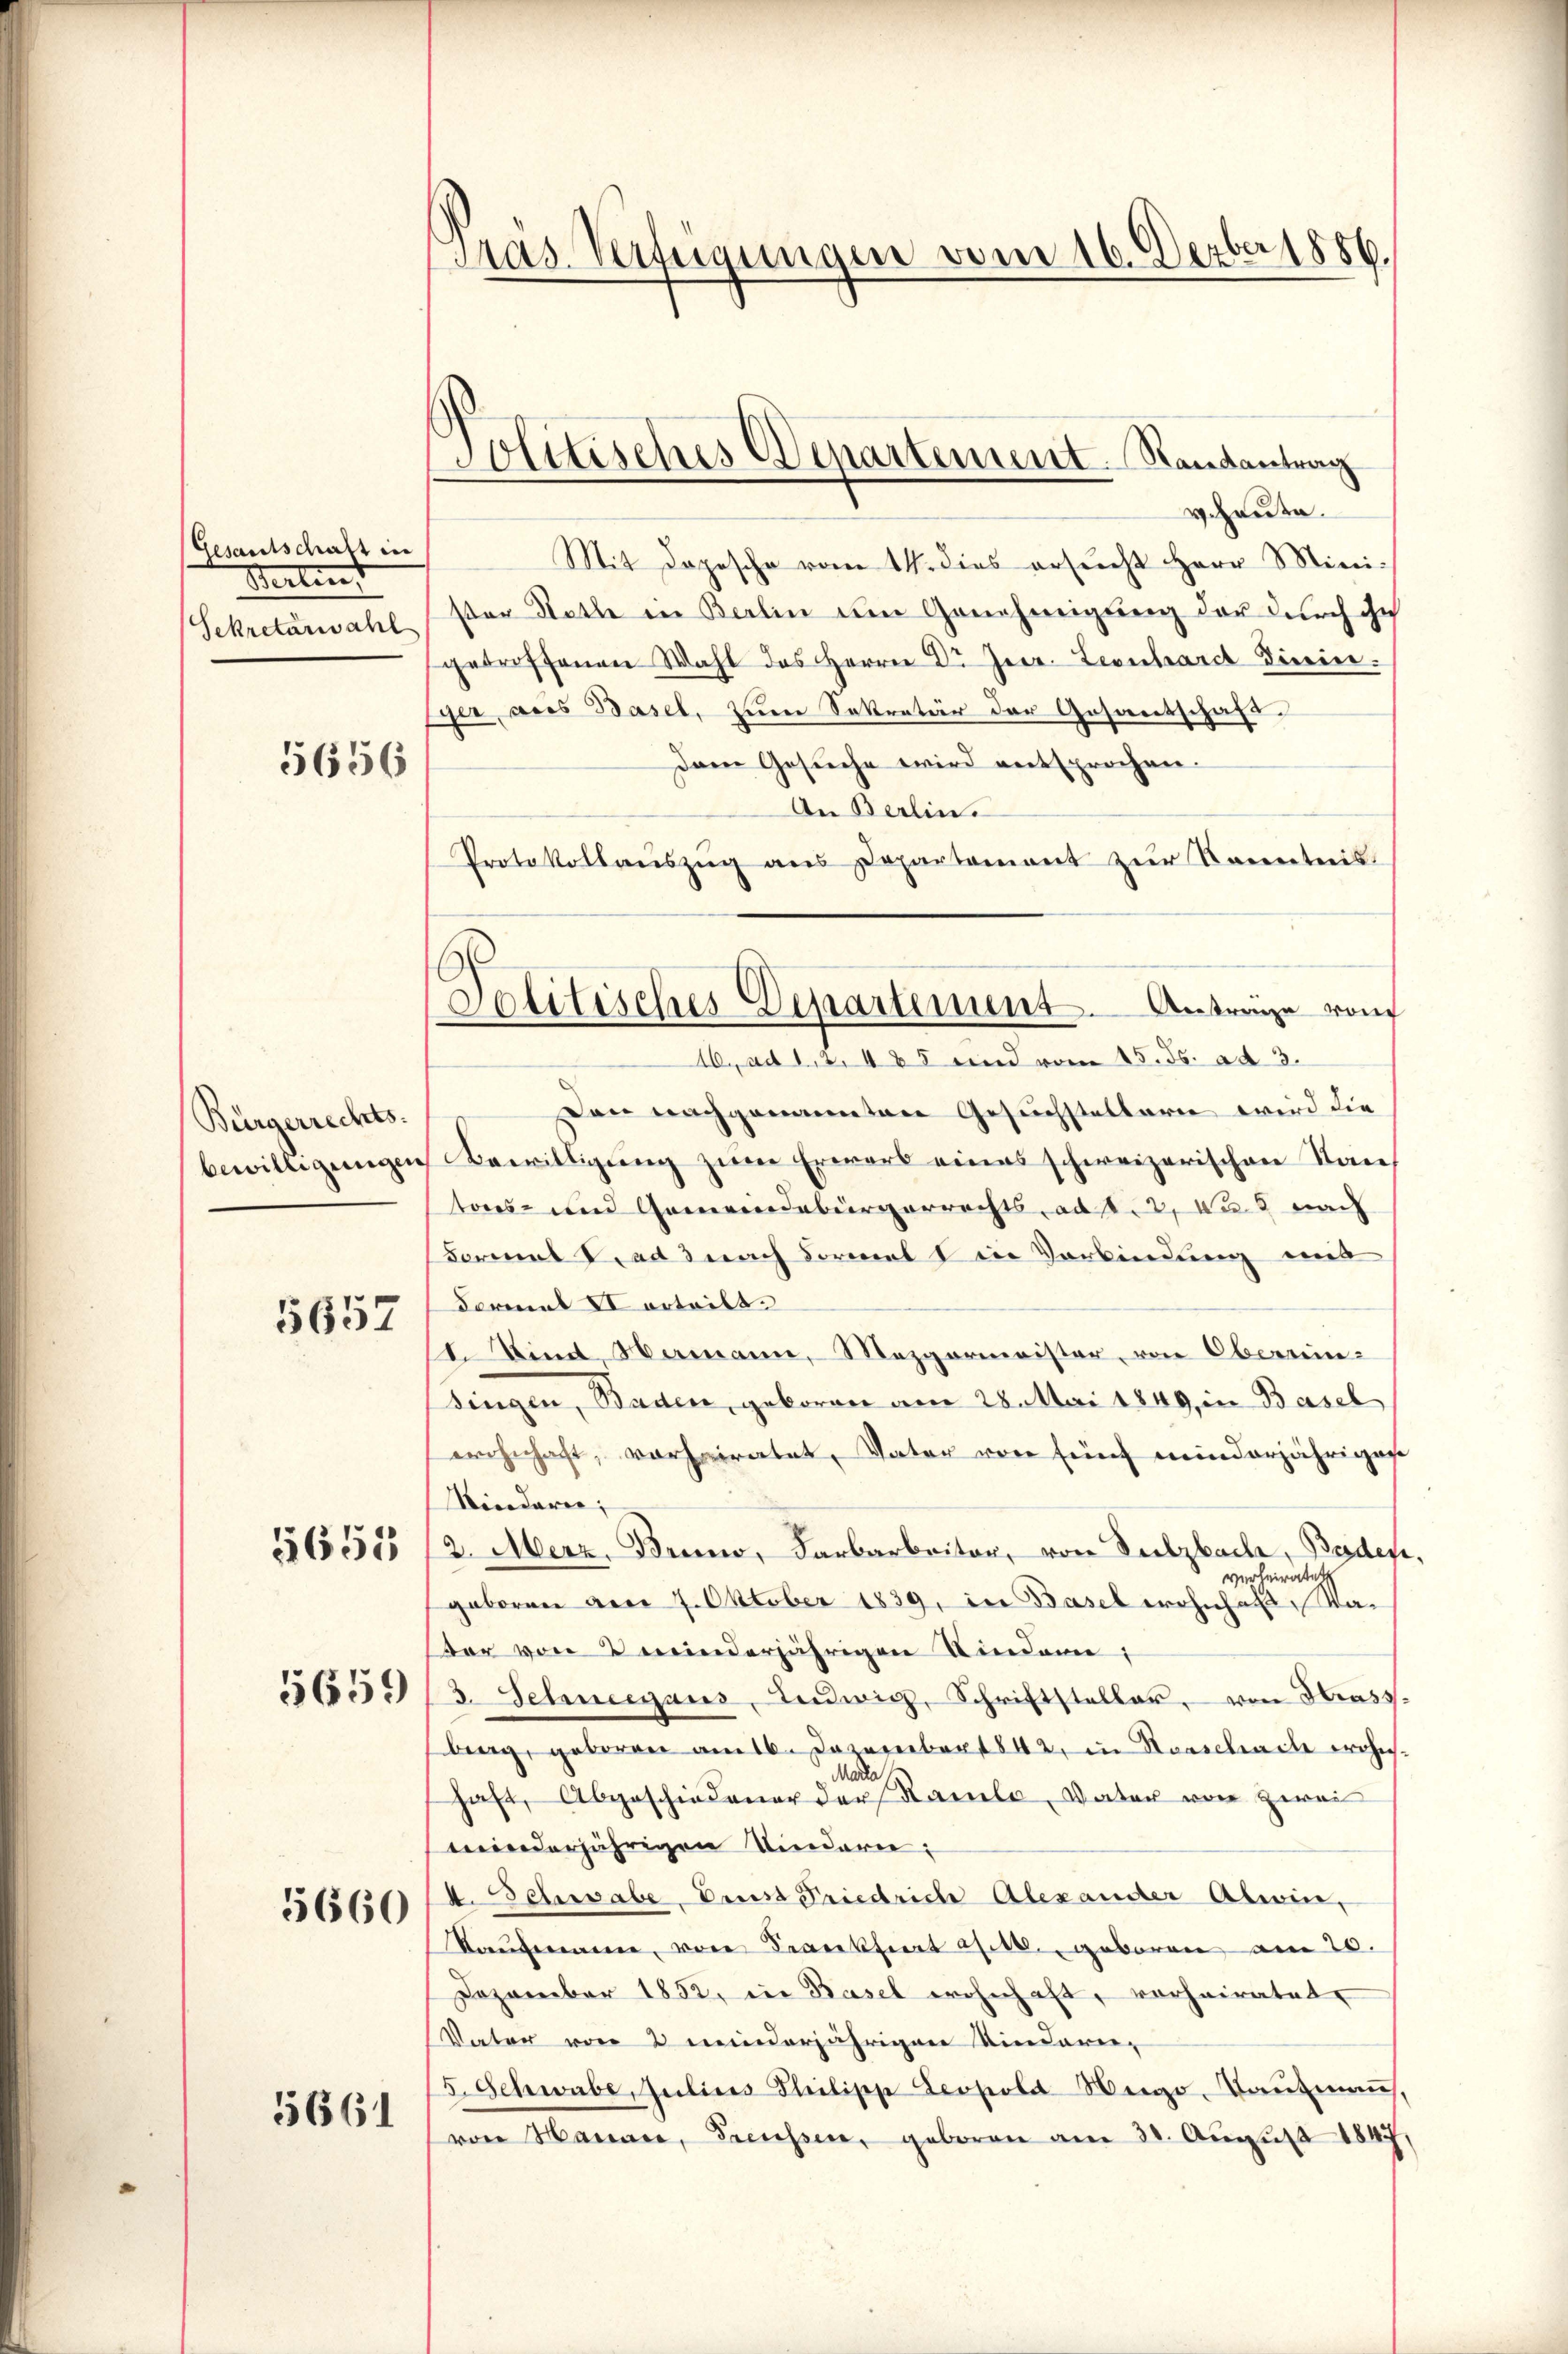
Gesandtschaft in
Wertent
Sekretärwahl

5656

Bürgerrechts-
bewilligungen

5657

5655

5659

5660

5661

Präs. Verfügungen vom 16. Dezbr 1886.

Politisches Denartement. Randantrag

veheute.
Mit dopesche vom 14. dies ersŭcht Herr Mini-
ster Statte in Berlin um Genehmigung der durch ihn
getroffenen Wahl des Herrn Dr Zeer. Leonhardt dirie.
ger, aus Basel, zum Sekretär der Gesantschaft.
Dem Gesuche wird entsprochen.
An Berlin.
Protokollaŭszŭg ans Departement zur Kenntnis
Den nachgementen Gesuchstellerie wird die
Bewilligung zum Erwarb eines schweizerischen Kantons- und Gemeindebürgerrechts, ad 2, Was nach
Formal ad 3 nach Formelt in Verbindung mit
Formal VI orteilt.
d. Kind, Hamann, Mezgermeister, von Obernin-
singen, Baden, geboren am 28. Mai 1849, in Basel
wohnhaft, vorheiratet, Vater von fünf meinderjährigen
Kinderen;
2. Merz, Bruno, Farbarbeiter, von Sulzbache, Baden
verheirate
geboren am 7. Oktober 1839, in Basel wohnhaft, Va¬
Vor von meinderjährigen Kindern;
3. Sehneegaus, Ludwig, Schriftsteller, von Hrass
berg, geboren am 16. Dezember 842, in Forschade wohn
Marla
haft, Abgeschiedener der Kamele, Vater von zwei
winderjährigen Kindern:
d. Schissabe, Druse Friedriche Alexander Abwin,
Kaŭfmann, von Frankfiert d. 16. geboren am 20.
Dezember 1852, in Basel wohnhaft, vorheiratet,
Vater von 2 minderjährigen Kindauer-
5. Schwabe, Juliers Theilische Leopold Weige. Baumann,
von Hander, Treusser, geboren am 30. Aŭgŭst 1847.

Politisches Departement. Antrage von
16. ad 1, 2, 485 und vom 15. Js. ad 3.